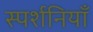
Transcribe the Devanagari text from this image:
स्पर्शनियाँ